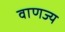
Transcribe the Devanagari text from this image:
वाणज्य